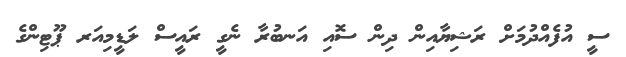
ސީ އުފެއްދުމަށް ރަޝިޔާއިން ދިން ސޮއި އަނބުރާ ނެގީ ރައީސް ލަޑީމިއަރ ޕޫޓިންގެ